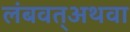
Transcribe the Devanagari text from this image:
लंबवत्अथवा